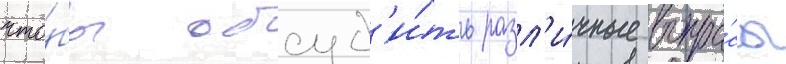
что́бы обсуд'и́ть разл'и́чные вопро́сы